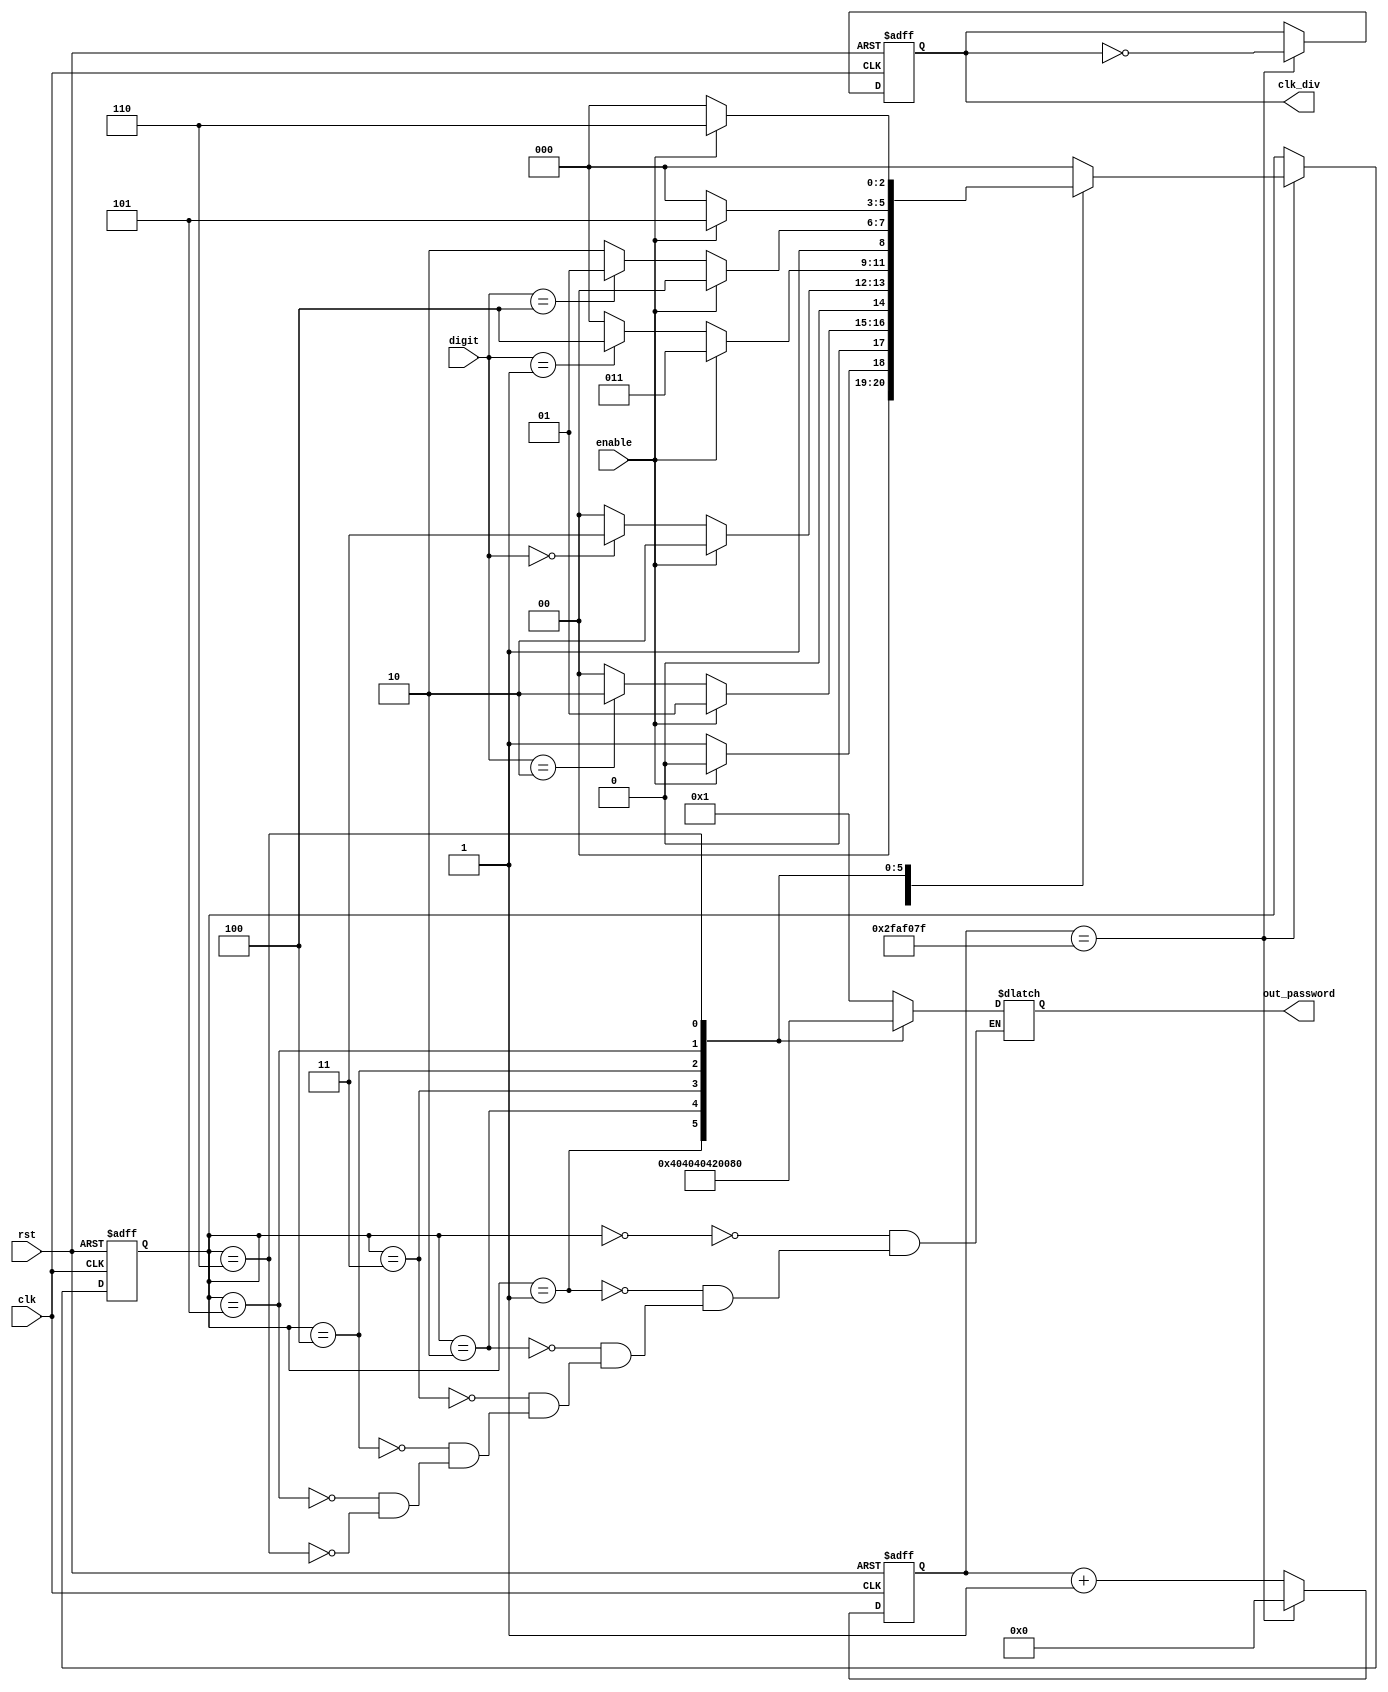
module Password(
	// Switches
	input clk, rst,
	input [3:0] digit,
	input enable, 
	output reg [8:0] out_password,
	output reg clk_div
);

// DEFINIR NUMEROS DE LA CONTRASENA
parameter pw_1 = 2, 
			 pw_2 = 0,
			 pw_3 = 1,
			 pw_4 = 4;
	
// DEFINIR ESTADOS
parameter IDLE = 0, 
	CHECK_1D = 1, 
	CHECK_2D = 2,
	CHECK_3D = 3,
	CHECK_4D = 4,
	CORRECT = 5,
	INCORRECT = 6;

// DEFINIR REGISTROS DE C_S Y N_S
reg [2:0]  current_state = IDLE;
reg [2:0] next_state = IDLE; // 3 bits porque son 6 estados

// Para el clock divider 
localparam target_count = 50_000_000;
reg [29:0] count = 0;

// PROCESO DE ACTUALIZACION DE ESTADO (esto es comun para todas las maquinas de estado)
always @(posedge clk or negedge rst)
begin
	// Reset button sets everything to 0
	if(!rst) begin
		current_state <= IDLE;
		count <= 0;
		clk_div <= 0;
	end
	
	// Update state variable and clock ouput every second
	else if(count == target_count- 1) begin
		current_state <= next_state;
		count <= 0;
		clk_div <= ~clk_div;
	end else begin
		count <= count + 1;
	end
end


// PROCESO PARA ACTUALIZAR EL NEXT STATE 
always @(*)  // Se ejecuta cuando sea que haya un cambio en las entradas especificadas
begin
	case(current_state)
		IDLE:
		begin
			out_password <= 7'b0000001;
			if(enable == 1)
				next_state <= IDLE;
			else
				next_state <= CHECK_1D;
		end
		CHECK_1D:
			begin
				out_password <= 7'b0000010;
				if(enable == 0)
				begin
					if(digit == pw_1)
						next_state <= CHECK_2D;
					else
						next_state <= IDLE;
				end
				else
					next_state <= CHECK_1D;
			end
		CHECK_2D:
			begin
			out_password <= 7'b0000100;
				if(enable == 0)
				begin
					if(digit == pw_2)
						next_state <= CHECK_3D;
					else
						next_state <= IDLE;
				end
				else
					next_state <= CHECK_2D;
			end
		CHECK_3D:
			begin
			out_password <= 7'b0001000;
			if(enable == 0)
			begin
				if(digit == pw_3)
					next_state <= CHECK_4D;
				else
					next_state <= IDLE;
			end
			else
				next_state <= CHECK_3D;
		end
		CHECK_4D:
			begin
				out_password <= 7'b0010000;
				if(enable == 0)
				begin
					if(digit == pw_4)
						next_state <= CORRECT;
					else
						next_state <= INCORRECT;
				end
				else
					next_state <= CHECK_4D;
			end
		CORRECT:
			begin
				out_password <= 9'b100000000;
				if(!enable)
					next_state <= IDLE;
				else
					next_state <= CORRECT;
			end
		INCORRECT:
			begin
				out_password <= 9'b010000000;
				if(!enable)
					next_state <= IDLE;
				else
					next_state <= INCORRECT;
			end
	default:
		next_state <= IDLE;
	endcase
end

endmodule